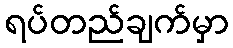
ရပ်တည်ချက်မှာ